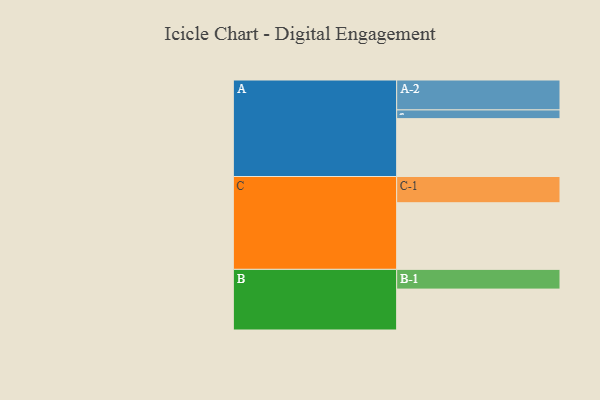
{"axis": {"x": "Segment", "y": "Value"}, "legend": ["", "A", "B", "C"], "data": [{"x": "A", "y": 505, "type": ""}, {"x": "B", "y": 357, "type": ""}, {"x": "C", "y": 581, "type": ""}, {"x": "A-1", "y": 76, "type": "A"}, {"x": "A-2", "y": 261, "type": "A"}, {"x": "B-1", "y": 172, "type": "B"}, {"x": "C-1", "y": 229, "type": "C"}]}